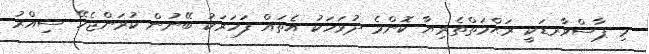
މި ޕާސްވާރޑަކީ ރަޙްމަތްތެރިޔާ ކޮންމެ ދުވަހަކު އެތައް ފަހަރަކު ބޭނުން ކުރަންޖެހޭ ސިއްރު